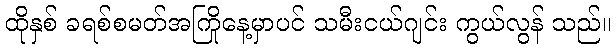
ထိုနှစ် ခရစ်စမတ်အကြိုနေ့မှာပင် သမီးငယ်ဂျင်း ကွယ်လွန် သည်။